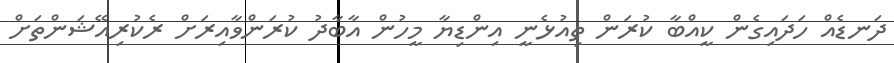
ދަނޑެއް ހަދައިގެން ކީއްބާ ކުރަން ތިއުޅެނީ އިންޑިޔާ މީހުން އާބާދު ކުރަންވާއިރަށް ރެކުރިއޭޝަންތަށް